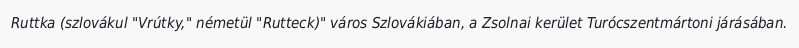
Ruttka (szlovákul "Vrútky," németül "Rutteck)" város Szlovákiában, a Zsolnai kerület Turócszentmártoni járásában.